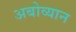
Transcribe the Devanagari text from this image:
अबोव्यान